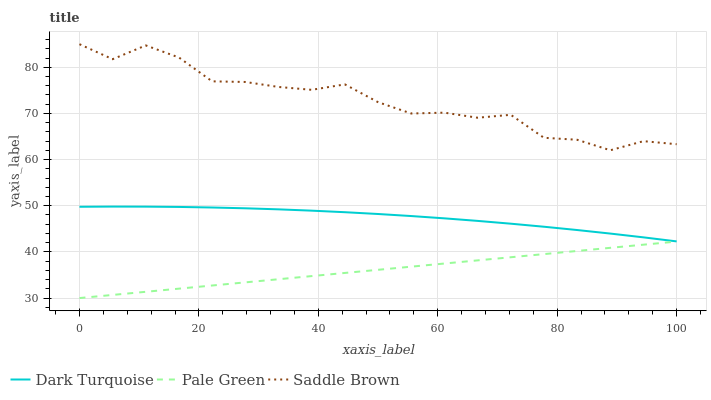
| xaxis_label | Dark Turquoise | Pale Green | Saddle Brown |
 | --- | --- | --- | --- |
 | 0 | 49.8 | 30 | 85 |
 | 5.56 | 49.8 | 30.7 | 81.8 |
 | 11.1 | 49.8 | 31.4 | 84.7 |
 | 16.7 | 49.7 | 32 | 82.1 |
 | 22.2 | 49.6 | 32.7 | 77 |
 | 27.8 | 49.4 | 33.4 | 76.8 |
 | 33.3 | 49.2 | 34.1 | 75.7 |
 | 38.9 | 48.9 | 34.8 | 75.1 |
 | 44.4 | 48.6 | 35.4 | 76.3 |
 | 50 | 48.2 | 36.1 | 72.4 |
 | 55.6 | 47.8 | 36.8 | 70 |
 | 61.1 | 47.3 | 37.5 | 70.2 |
 | 66.7 | 46.7 | 38.2 | 69.1 |
 | 72.2 | 46.1 | 38.8 | 69.7 |
 | 77.8 | 45.5 | 39.5 | 64.7 |
 | 83.3 | 44.7 | 40.2 | 64.3 |
 | 88.9 | 44 | 40.9 | 62 |
 | 94.4 | 43.2 | 41.6 | 64 |
 | 100 | 42.3 | 42.2 | 63.3 |